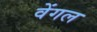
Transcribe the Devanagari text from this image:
वेंगल